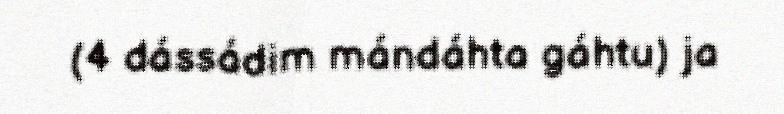
(4 dássádim mándáhta gáhtu) ja